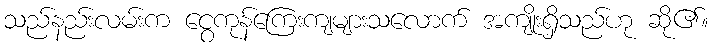
သည်နည်းလမ်းက ငွေကုန်ကြေးကျများသလောက် အကျိုးရှိသည်ဟု ဆို၏။